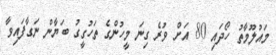
މައުލޫމާތު ހޯދައި 80 އަށް ވުރެ ގިނަ މީހުންގެ ތަހުގީގު ބަޔާން ނަގާފައިވާ